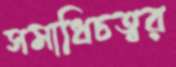
সমাধিচত্বর